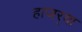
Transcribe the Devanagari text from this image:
हाजर्‍या